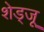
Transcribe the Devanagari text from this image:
शेड्जू